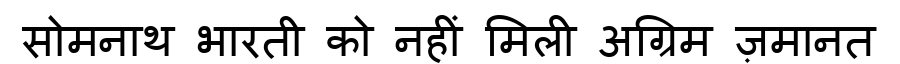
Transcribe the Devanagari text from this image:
सोमनाथ भारती को नहीं मिली अग्रिम ज़मानत